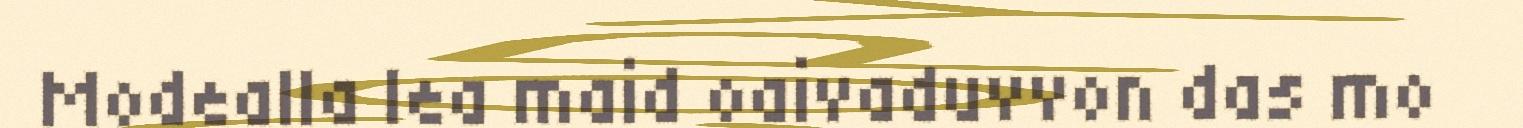
Modealla lea maid oaivaduvvon das mo